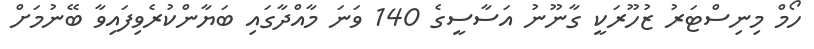
ހޯމް މިނިސްޓަރު ޒުހޫރަކީ ގާނޫނު އަސާސީގެ 140 ވަނަ މާއްދާގައި ބަޔާންކުރެވިފައިވާ ބޭނުމަށް